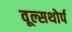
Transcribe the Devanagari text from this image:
वूल्सथोर्प